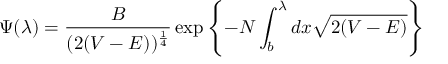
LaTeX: \Psi ( \lambda ) = \frac { B } { ( 2 ( V - E ) ) ^ { \frac { 1 } { 4 } } } \exp \left\{ - N \int _ { b } ^ { \lambda } d x \sqrt { 2 ( V - E ) } \right\}